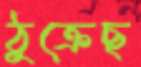
ঠুক্‌রেছ